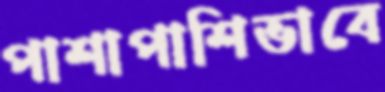
পাশাপাশিভাবে